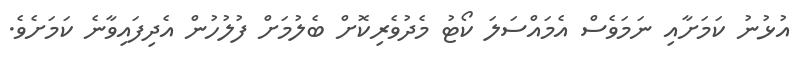
އުޅުނު ކަމަށާއި ނަމަވެސް އެމައްސަލަ ކޯޓު މެދުވެރިކޮށް ބެލުމަށް ފުލުހުން އެދިފައިވާނެ ކަމަށެވެ.